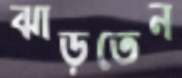
ঝাড়তেন